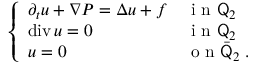
\begin{array} { r } { \left\{ \begin{array} { l l } { \partial _ { t } u + \nabla P = \Delta u + f } & { \mathrm { ~ i ~ n ~ } \mathsf Q _ { 2 } } \\ { \operatorname { d i v } u = 0 } & { \mathrm { ~ i ~ n ~ } \mathsf Q _ { 2 } } \\ { u = 0 } & { \mathrm { ~ o ~ n ~ } \bar { \mathsf Q } _ { 2 } \; . } \end{array} \right. } \end{array}